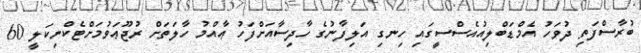
ބުރާސްފަތި ދުވަހު އެމްޑަބްލިއުއެސްސީގައި ހިނގި އަލިފާނުގެ ހާދިސާއަށްފަހު ޢާއްމު ހާލަތަށް ރުޖޫޢަވުމަށްޓެކްނިކަލީ 60